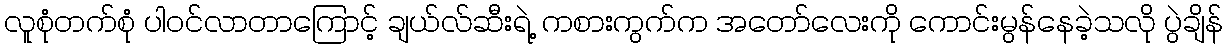
လူစုံတက်စုံ ပါဝင်လာတာကြောင့် ချယ်လ်ဆီးရဲ့ ကစားကွက်က အတော်လေးကို ကောင်းမွန်နေခဲ့သလို ပွဲချိန်